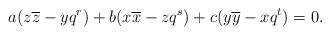
LaTeX: \begin{align*}a (z \overline z - y q^r) +b (x \overline x - z q^s) +c (y \overline y - x q^t) = 0.\end{align*}